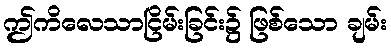
ဤကိလေသာငြိမ်းခြင်း၌ ဖြစ်သော ချမ်း